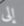
إلى